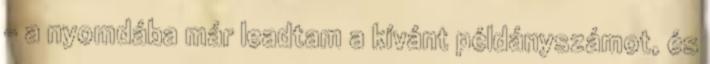
- a nyomdába már leadtam a kívánt példányszámot, és